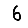
Digit: 6